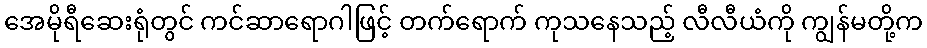
အေမိုရီဆေးရုံတွင် ကင်ဆာရောဂါဖြင့် တက်ရောက် ကုသနေသည့် လီလီယံကို ကျွန်မတို့က